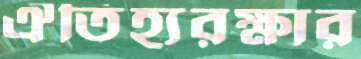
ঐতিহ্যরক্ষার